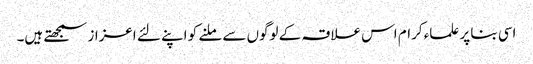
اسی بنا پر علماء کرام اس علاقہ کے لوگوں سے ملنے کو اپنے لئے اعزاز سمجھتے ہیں۔